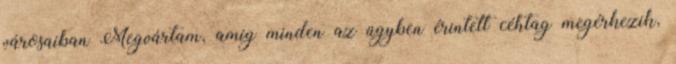
városaiban Megvártam, amíg minden az ügyben érintett céhtag megérkezik,